Cholera in southern India
Disease focus: Cholera
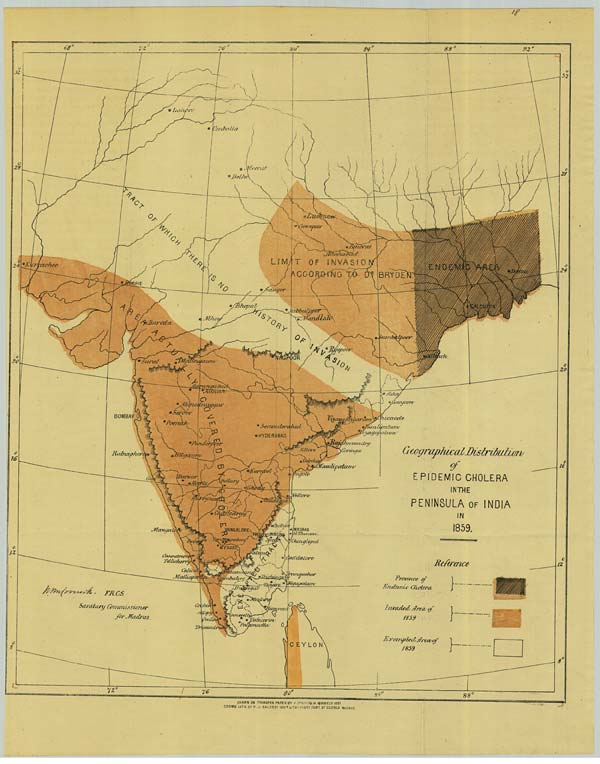
DRAWN ON TRANSFER PAPER BY V. VARDARAJA MOODELY 1871
CROMO LITH: BY R.J. BALDREY GOVT. LITH: PRESS FORT ST. GEORGE MADRAS